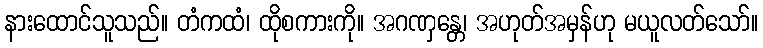
နားထောင်သူသည်။ တံကထံ၊ ထိုစကားကို။ အဂဏှန္တေ၊ အဟုတ်အမှန်ဟု မယူလတ်သော်။